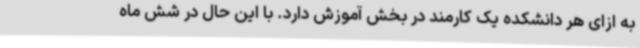
به ازای هر دانشکده یک کارمند در بخش آموزش دارد. با این حال در شش ماه